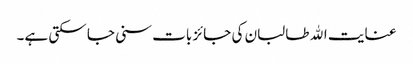
عنایت الله طالبان کی جائز بات سنی جا سکتی ہے۔